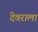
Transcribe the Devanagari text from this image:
देवराला